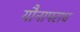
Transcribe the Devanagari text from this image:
यौनापराध